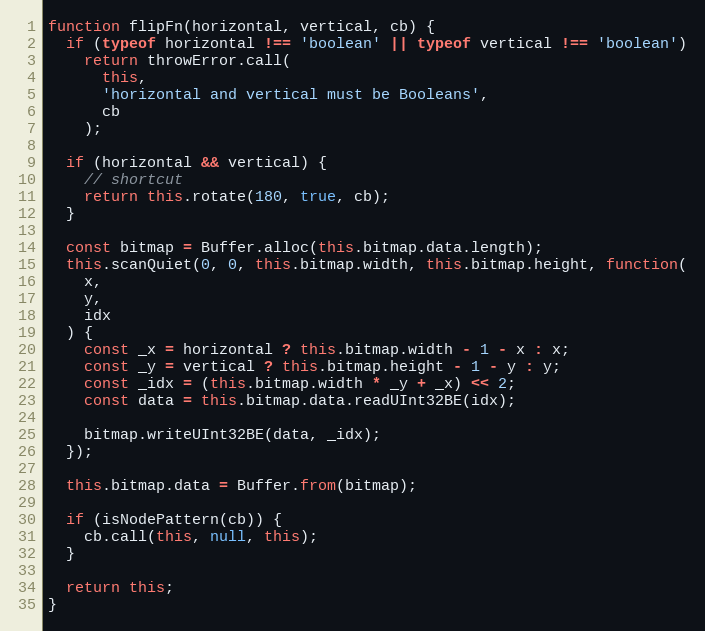
Language: JavaScript
function flipFn(horizontal, vertical, cb) {
  if (typeof horizontal !== 'boolean' || typeof vertical !== 'boolean')
    return throwError.call(
      this,
      'horizontal and vertical must be Booleans',
      cb
    );

  if (horizontal && vertical) {
    // shortcut
    return this.rotate(180, true, cb);
  }

  const bitmap = Buffer.alloc(this.bitmap.data.length);
  this.scanQuiet(0, 0, this.bitmap.width, this.bitmap.height, function(
    x,
    y,
    idx
  ) {
    const _x = horizontal ? this.bitmap.width - 1 - x : x;
    const _y = vertical ? this.bitmap.height - 1 - y : y;
    const _idx = (this.bitmap.width * _y + _x) << 2;
    const data = this.bitmap.data.readUInt32BE(idx);

    bitmap.writeUInt32BE(data, _idx);
  });

  this.bitmap.data = Buffer.from(bitmap);

  if (isNodePattern(cb)) {
    cb.call(this, null, this);
  }

  return this;
}